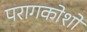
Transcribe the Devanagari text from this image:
परागकोशों